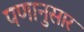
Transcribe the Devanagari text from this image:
पणानुसार